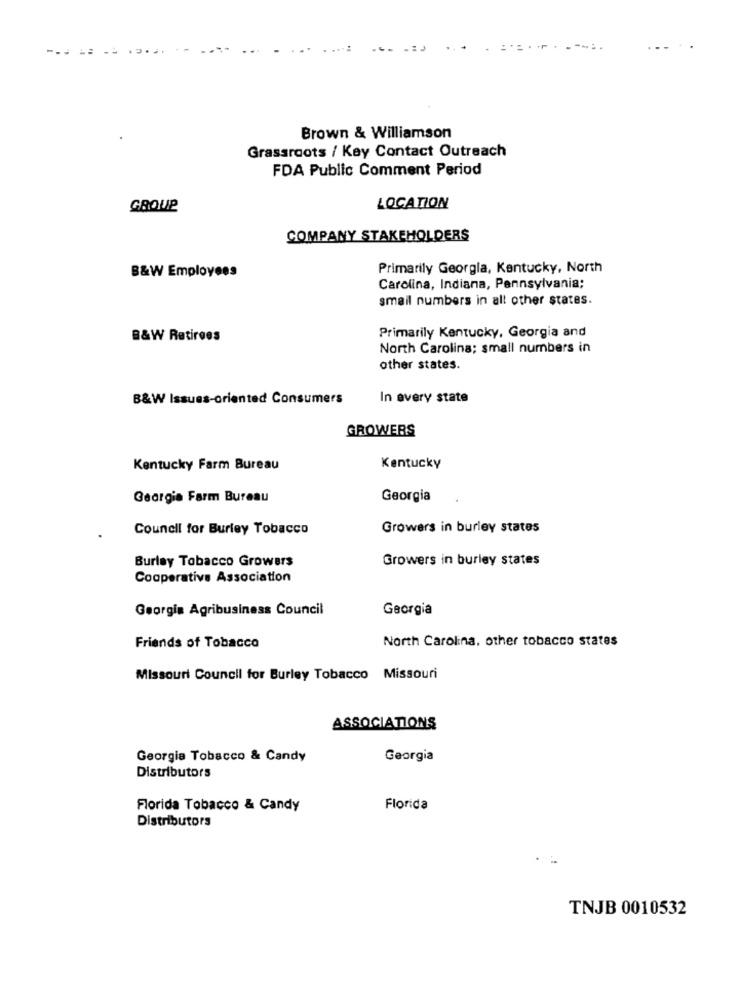
Brown & Williamson
Grassroots / Key Contact Outreach
FDA Public Comment Period
GROUP
LOCATION
COMPANY STAKEHOLDERS
Primarily Georgia, Kentucky, North
B&W Employees
Carolina, Indiana, Pennsylvania;
smail numbers in all other states.
B&W Retirees
Primarily Kentucky, Georgia and
North Carolina; small numbers in
other states.
B&W Issues-oriented Consumers
In every state
GROWERS
Kentucky Farm Bureau
Kentucky
Georgia Farm Bureau
Georgia
Council for Burley Tobacco
Growers in burley states
Burley Tobacco Growers
Growers in burley states
Cooperative Association
Georgia Agribusiness Council
Georgia
North Carolina, other tobacco states
Friends of Tobacco
Missouri Council for Burley Tobacco Missouri
ASSOCIATIONS
Georgia Tobacco & Candy
Georgia
Distributors
Florida Tobacco & Candy
Florida
Distributors
TNJB 0010532